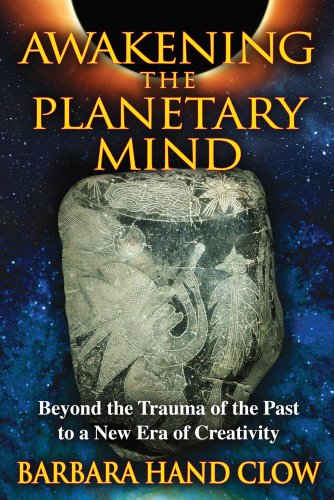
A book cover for Awakening the Planetary Mind: Beyond the Trauma of the Past to a New Era of Creativity; Barbara Hand Clow; Religion & Spirituality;